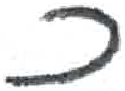
אות: כ